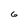
Character: 6